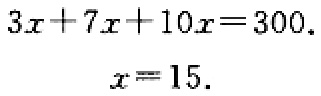
\[
\begin{align*}
3x + 7x+10x&=300\\
x&=15.
\end{align*}
\]